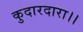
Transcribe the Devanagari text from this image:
कुदारदारा।।